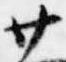
廿